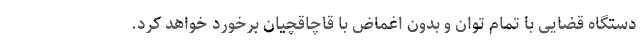
دستگاه قضایی با تمام توان و بدون اغماض با قاچاقچیان برخورد خواهد کرد.